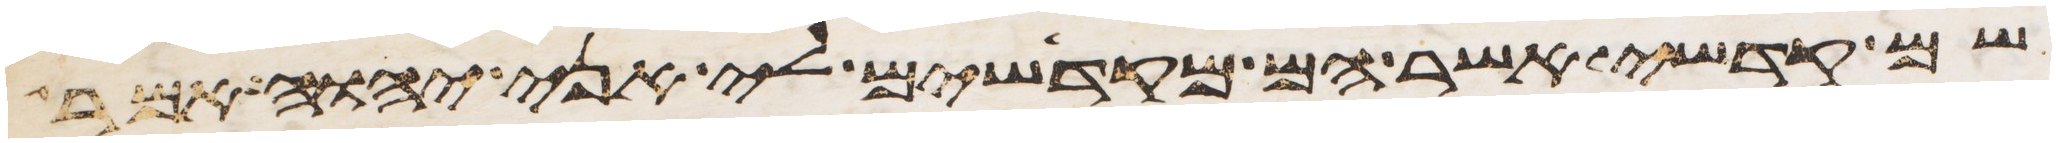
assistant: שם קדשי אשר הם מקדישים לי אני יהוה אמר